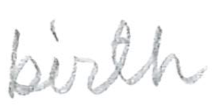
Text: birth
Cross-out: clean
Writing tool: pencil